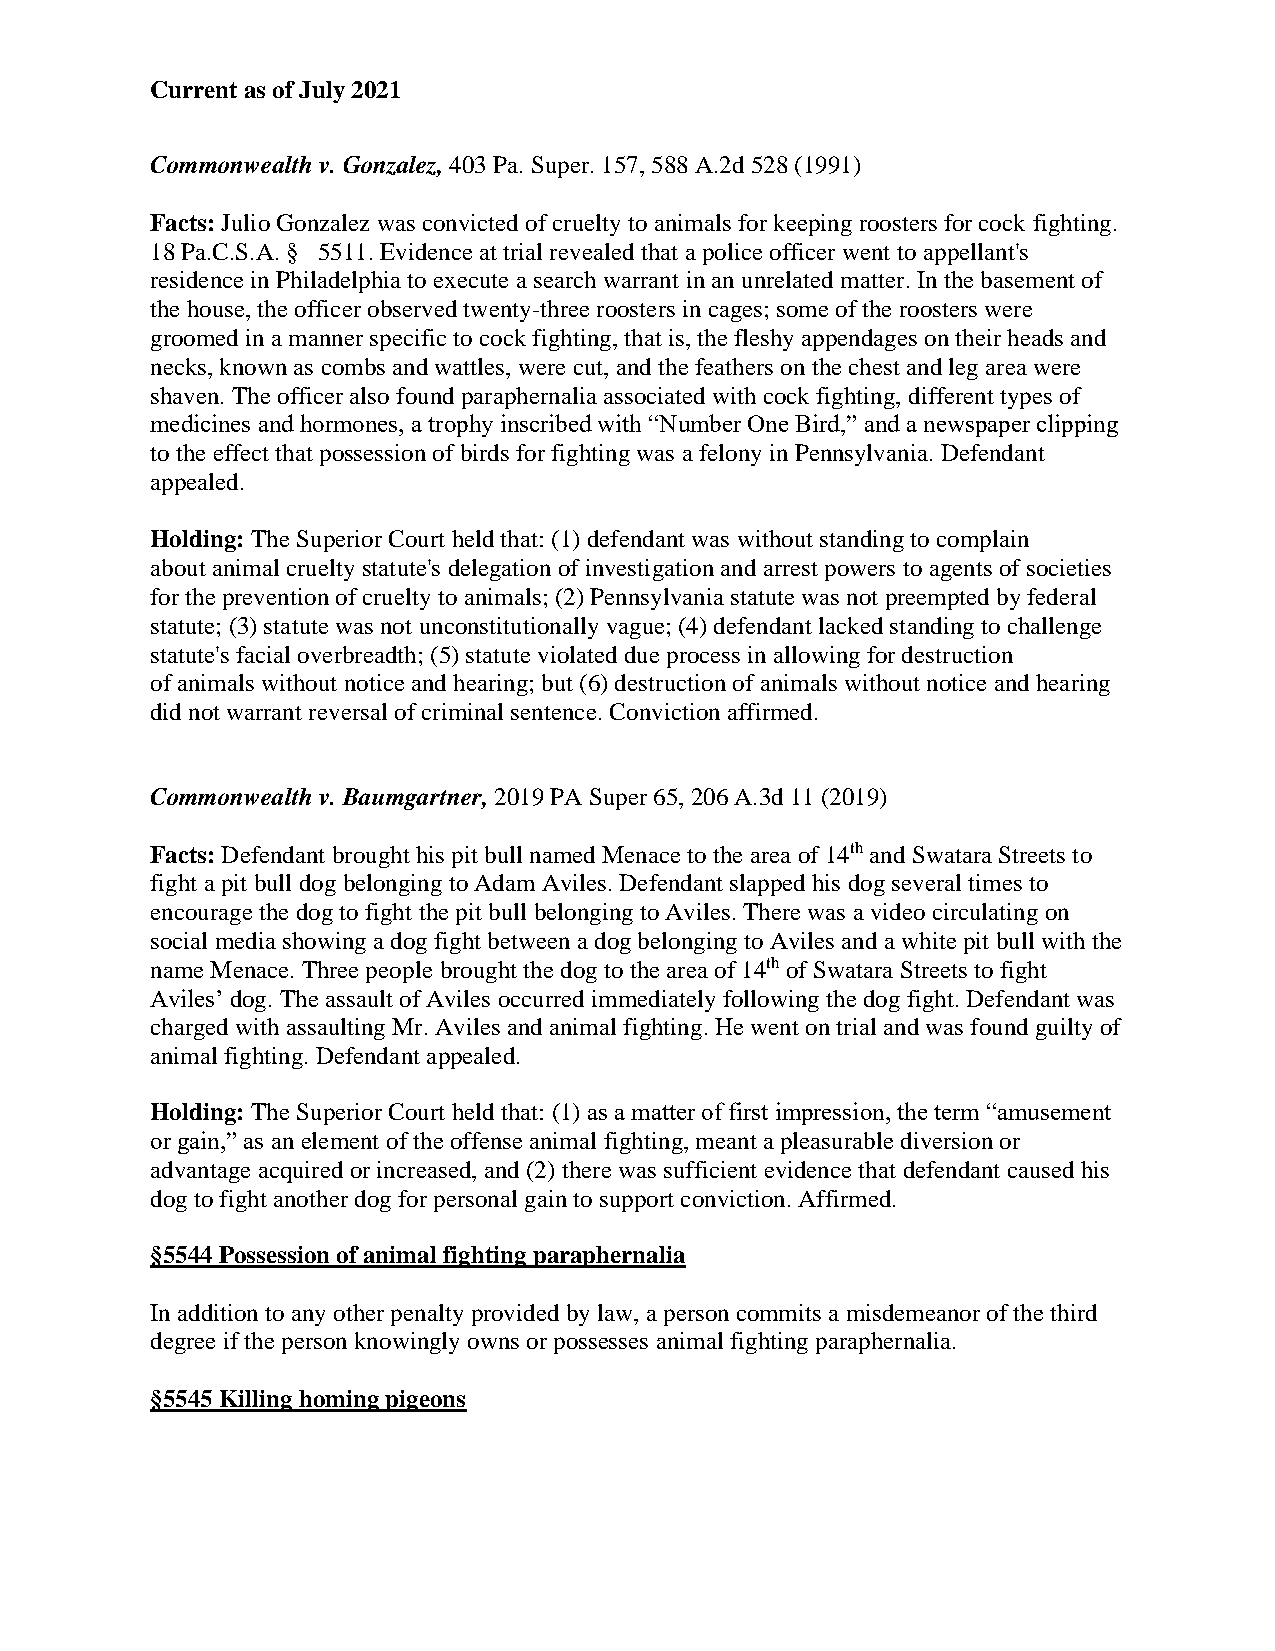
Current as of July 2021
 Commonwealth v. Gonzalez, 403 Pa. Super. 157, 588 A.2d 528 (1991)
 Facts: Julio Gonzalez was convicted of cruelty to animals for keeping roosters for cock fighting.
 18 Pa.C.S.A. § 5511. Evidence at trial revealed that a police officer went to appellant's
 residence in Philadelphia to execute a search warrant in an unrelated matter. In the basement of
 the house, the officer observed twenty-three roosters in cages; some of the roosters were
 groomed in a manner specific to cock fighting, that is, the fleshy appendages on their heads and
 necks, known as combs and wattles, were cut, and the feathers on the chest and leg area were
 shaven. The officer also found paraphernalia associated with cock fighting, different types of
 medicines and hormones, a trophy inscribed with “Number One Bird,” and a newspaper clipping
 to the effect that possession of birds for fighting was a felony in Pennsylvania. Defendant
 appealed.
 Holding: The Superior Court held that: (1) defendant was without standing to complain
 about animal cruelty statute's delegation of investigation and arrest powers to agents of societies
 for the prevention of cruelty to animals; (2) Pennsylvania statute was not preempted by federal
 statute; (3) statute was not unconstitutionally vague; (4) defendant lacked standing to challenge
 statute's facial overbreadth; (5) statute violated due process in allowing for destruction
 of animals without notice and hearing; but (6) destruction of animals without notice and hearing
 did not warrant reversal of criminal sentence. Conviction affirmed.
 Commonwealth v. Baumgartner, 2019 PA Super 65, 206 A.3d 11 (2019)
 Facts: Defendant brought his pit bull named Menace to the area of 14th and Swatara Streets to
 fight a pit bull dog belonging to Adam Aviles. Defendant slapped his dog several times to
 encourage the dog to fight the pit bull belonging to Aviles. There was a video circulating on
 social media showing a dog fight between a dog belonging to Aviles and a white pit bull with the
 name Menace. Three people brought the dog to the area of 14th of Swatara Streets to fight
 Aviles’ dog. The assault of Aviles occurred immediately following the dog fight. Defendant was
 charged with assaulting Mr. Aviles and animal fighting. He went on trial and was found guilty of
 animal fighting. Defendant appealed.
 Holding: The Superior Court held that: (1) as a matter of first impression, the term “amusement
 or gain,” as an element of the offense animal fighting, meant a pleasurable diversion or
 advantage acquired or increased, and (2) there was sufficient evidence that defendant caused his
 dog to fight another dog for personal gain to support conviction. Affirmed.
 §5544 Possession of animal fighting paraphernalia
 In addition to any other penalty provided by law, a person commits a misdemeanor of the third
 degree if the person knowingly owns or possesses animal fighting paraphernalia.
 §5545 Killing homing pigeons